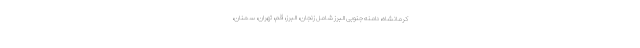
کرمانشاه، دامنه جنوبی البرز شامل زنجان، البرز، قم، تهران، سمنان،